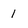
Character: 1